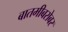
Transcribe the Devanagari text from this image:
बातमीबरोबर